Leaving Certificate Examination, 1919, 1919
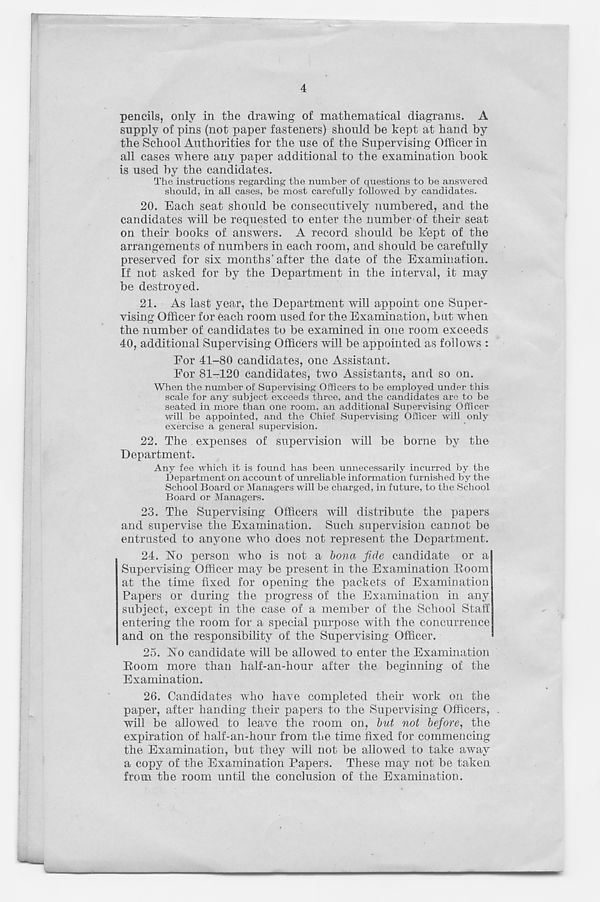
4
pencils, only in the drawing of mathematical diagrams. A
supply of pins (not paper fasteners) should be kept at hand by
the School Authorities for the use of the Supervising Officer in
all cases where any paper additional to the examination hook
is used by the candidates.
The instructions regarding the number of questions to be answered
should, in all cases, be most carefully followed by candidates.
20. Each seat should be consecutively numbered, and the
candidates will be requested to enter the number of their seat
on their books of answers. A record should be kept of the
arrangements of numbers in each room, and should be carefully
preserved for six months'after the date of the Examination,
[f not asked for by the Department in the interval, it may
be destroyed.
21. As last year, the Department will appoint one Super-
vising Officer for each room used for the Examination, but when
the number of candidates to be examined in one room exceeds
40, additional Supervising Officers will be appointed as follows :
For 41-80 candidates, one Assistant.
For 81-120 candidates, two Assistants, and so on.
When the number of Supervising Officers to be employed under this
scale for any subject exceeds three, and the candidates are to be
seated in more than one room, an additional Supervising Officer
will be appointed, and the Chief Supervising Officer will only
exercise a general supervision.
22. The expenses of supervision will be borne by the
Department.
Any fee which it is found has been unnecessarily incurred by the
Department on account of unreliable information furnished by the
School Board or Managers will be charged, in future, to the School
Board or Managers.
23. The Supervising Officers will distribute the papers
and supervise the Examination. Such supervision cannot be
entrusted to anyone who does not represent the Department.
24. ]STo person who is not a bona fide candidate or a
Supervising Officer may be present in the Examination Room
at the time fixed for opening the packets of Examination
Papers or during the progress of the Examination in any
subject, except in the case of a member of the School Staff
entering the room for a special purpose with the concurrence
and on the responsibility of the Supervising Officer.
25. Iso candidate will be allowed to enter the Examination
Room more than half-an-hour after the beginning of the
Examination.
26. Candidates who have completed their work on the
paper, after handing their papers to the Supervising Officers,
will be allowed to leave the room on, but not before, the
expiration of half-an-hour from the time fixed for commencing
the Examination, but they will not be allowed to take away
a copy of the Examination Papers. These may not be taken
from the room until the conclusion of the Examination.